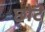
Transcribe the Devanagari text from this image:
छोटॆ